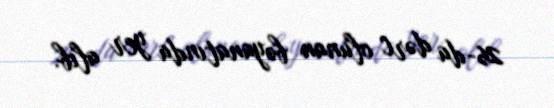
26-da dərc olunan bəyanatında yer alıb.